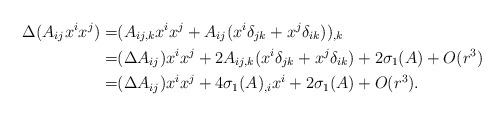
LaTeX: \begin{align*} \Delta(A_{ij}x^ix^j) =& (A_{ij,k}x^ix^j+A_{ij}(x^i\delta_{jk}+x^j\delta_{ik}))_{,k} \\ =& (\Delta A_{ij})x^ix^j+2A_{ij,k}(x^i\delta_{jk}+x^j\delta_{ik})+2\sigma_1(A)+O(r^3) \\ =& (\Delta A_{ij})x^ix^j+4\sigma_1(A)_{,i}x^i+2\sigma_1(A)+O(r^3).\end{align*}